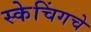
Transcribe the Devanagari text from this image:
स्केचिंगचे